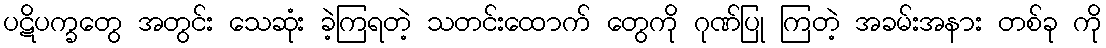
ပဋိပက္ခတွေ အတွင်း သေဆုံး ခဲ့ကြရတဲ့ သတင်းထောက် တွေကို ဂုဏ်ပြု ကြတဲ့ အခမ်းအနား တစ်ခု ကို